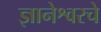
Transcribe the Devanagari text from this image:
ज्ञानेश्वरचे